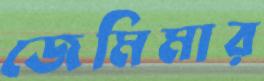
জেমিমার